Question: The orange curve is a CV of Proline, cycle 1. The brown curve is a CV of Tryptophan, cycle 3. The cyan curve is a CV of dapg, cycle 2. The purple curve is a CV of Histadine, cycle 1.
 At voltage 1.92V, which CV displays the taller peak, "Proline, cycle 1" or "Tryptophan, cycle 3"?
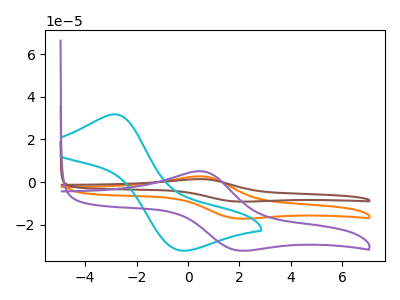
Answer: <think>The orange curve "Proline, cycle 1" has an anodic peak at (0.55V, 2.70uA) and a cathodic peak at (1.90V, -17.00uA). The brown curve "Tryptophan, cycle 3" has an anodic peak at (0.55V, 5.45uA) and a cathodic peak at (1.90V, -33.95uA). The cyan curve "dapg, cycle 2" has an anodic peak at (-2.85V, 31.75uA) and a cathodic peak at (-0.25V, -32.05uA). The purple curve "Histadine, cycle 1" has an anodic peak at (0.55V, 5.10uA) and a cathodic peak at (1.90V, -31.85uA).</think>
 <answer>The peak at 1.92V is lower in "Proline, cycle 1" than in "Tryptophan, cycle 3".</answer>
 <eval>lower</eval>